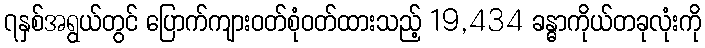
၇နှစ်အရွယ်တွင် ပြောက်ကျားဝတ်စုံဝတ်ထားသည့် 19,434 ခန္ဓာကိုယ်တခုလုံးကို